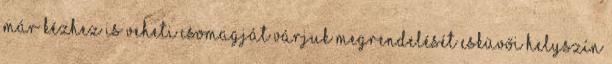
már kézhez is veheti csomagját Várjuk megrendelését Esküvői helyszín